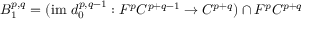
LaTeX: B _ { 1 } ^ { p , q } = ( { \mathrm { i m ~ } } d _ { 0 } ^ { p , q - 1 } : F ^ { p } C ^ { p + q - 1 } \rightarrow C ^ { p + q } ) \cap F ^ { p } C ^ { p + q }